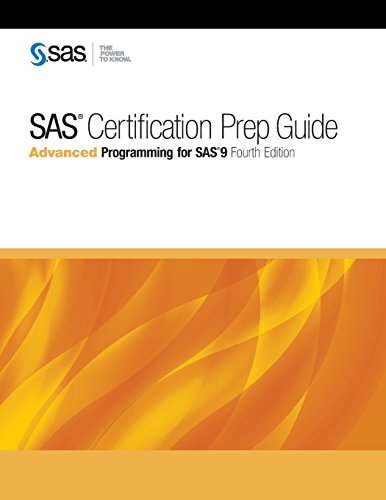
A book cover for SAS Certification Prep Guide: Advanced Programming for SAS 9, Fourth Edition; Computers & Technology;